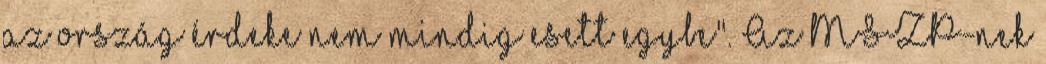
az ország érdeke nem mindig esett egybe". Az MSZP-nek